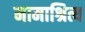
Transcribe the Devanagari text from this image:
मामाश्रित्य